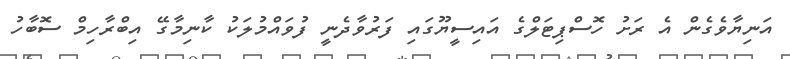
އަނިޔާވެގެން އެ ރަށު ހޮސްޕިޓަލްގެ އައިސީޔޫގައި ފަރުވާދެނީ ފުވައްމުލަކު ކާނިމާގޭ އިބްރާހިމް ސޮބާހު